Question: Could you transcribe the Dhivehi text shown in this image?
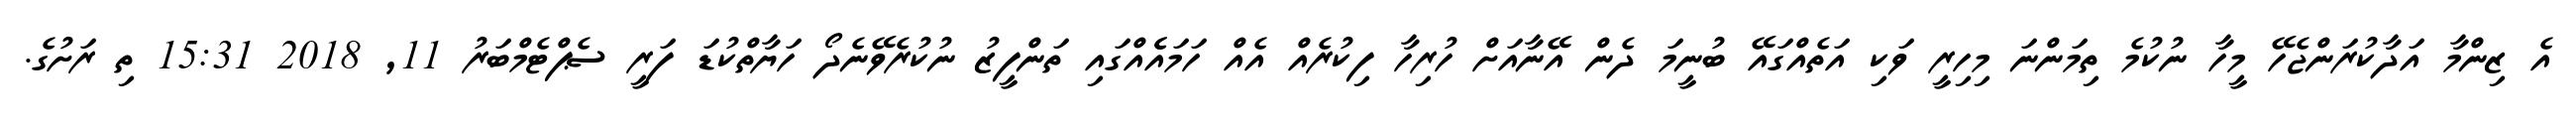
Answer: އެ ޒިންމާ އަދާކުރަންޖެހޭ މީހާ ނުކުމެ ތިމަންނަ މިހިރީ ވަކި އަތެއްގައޭ ބުނީމަ ދެން އޭނާއަށް ހުރިހާ ފިކުރެއް އެއް ހަމައެެއްގައި ތަންފީޒު ނުކުރެވޭނެދޯ ހަޔާތްކުޑަ ފަރީ ސެޕްޓެމްބަރު 11, 2018 15:31 ތި ރަށުގެ.